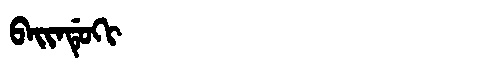
Manchu: ᠪᠠᡳᠨᡩᡠᡴᡳ
Romanization: BAINDUKI